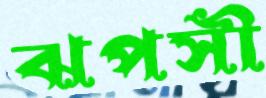
ঝপসী